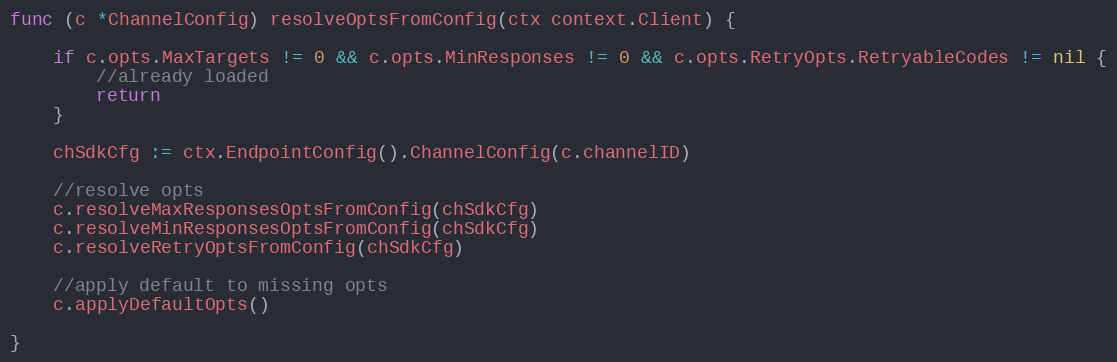
Language: Go
func (c *ChannelConfig) resolveOptsFromConfig(ctx context.Client) {

	if c.opts.MaxTargets != 0 && c.opts.MinResponses != 0 && c.opts.RetryOpts.RetryableCodes != nil {
		//already loaded
		return
	}

	chSdkCfg := ctx.EndpointConfig().ChannelConfig(c.channelID)

	//resolve opts
	c.resolveMaxResponsesOptsFromConfig(chSdkCfg)
	c.resolveMinResponsesOptsFromConfig(chSdkCfg)
	c.resolveRetryOptsFromConfig(chSdkCfg)

	//apply default to missing opts
	c.applyDefaultOpts()

}